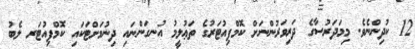
12 ކުދިންނެވެ. މިމަދަރުސާގެ ދަރިވަރުންނަށް ކޮމްޕިއުޓަރުގެ ތަޢުލީމު އުނގަންނައި ދިނުމަށްޓަކައި ކޮމްޕިއުޓަރ ލެބު